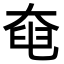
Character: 𡘹